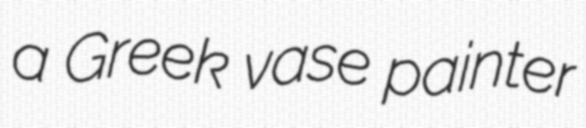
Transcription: a Greek vase painter